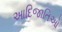
આદિજાતિઓ